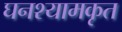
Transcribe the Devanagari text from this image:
घनश्यामकृत